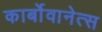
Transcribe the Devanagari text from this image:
कार्बोवानेत्स